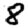
Digit: 8